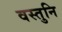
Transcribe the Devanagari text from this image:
वस्तुनि